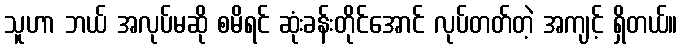
သူဟာ ဘယ် အလုပ်မဆို စမိရင် ဆုံးခန်းတိုင်အောင် လုပ်တတ်တဲ့ အကျင့် ရှိတယ်။